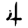
Digit: 4